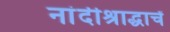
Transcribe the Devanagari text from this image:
नांदीश्राद्धाचें